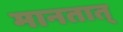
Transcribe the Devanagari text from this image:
मानतात्